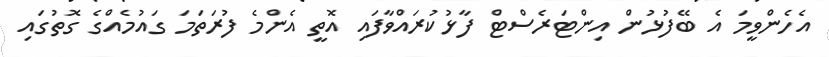
އެހެންވީމަ އެ ބޭފުޅުން އިންޓަރެސްޓް ފާޅުކުރައްވާފައި އޮތީ އެންމެ ފުރަތަމަ ގައުމެއްގެ ގޮތުގައި